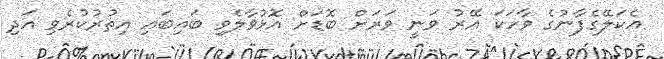
އެކަލޭގެފާނުގެ ވާހަކަ އޭރު ވަނީ ވަރަށް ބޮޑަށް އޮޅުވާލެވި ބައިބައި އިތުރުކުރެވި އަދި